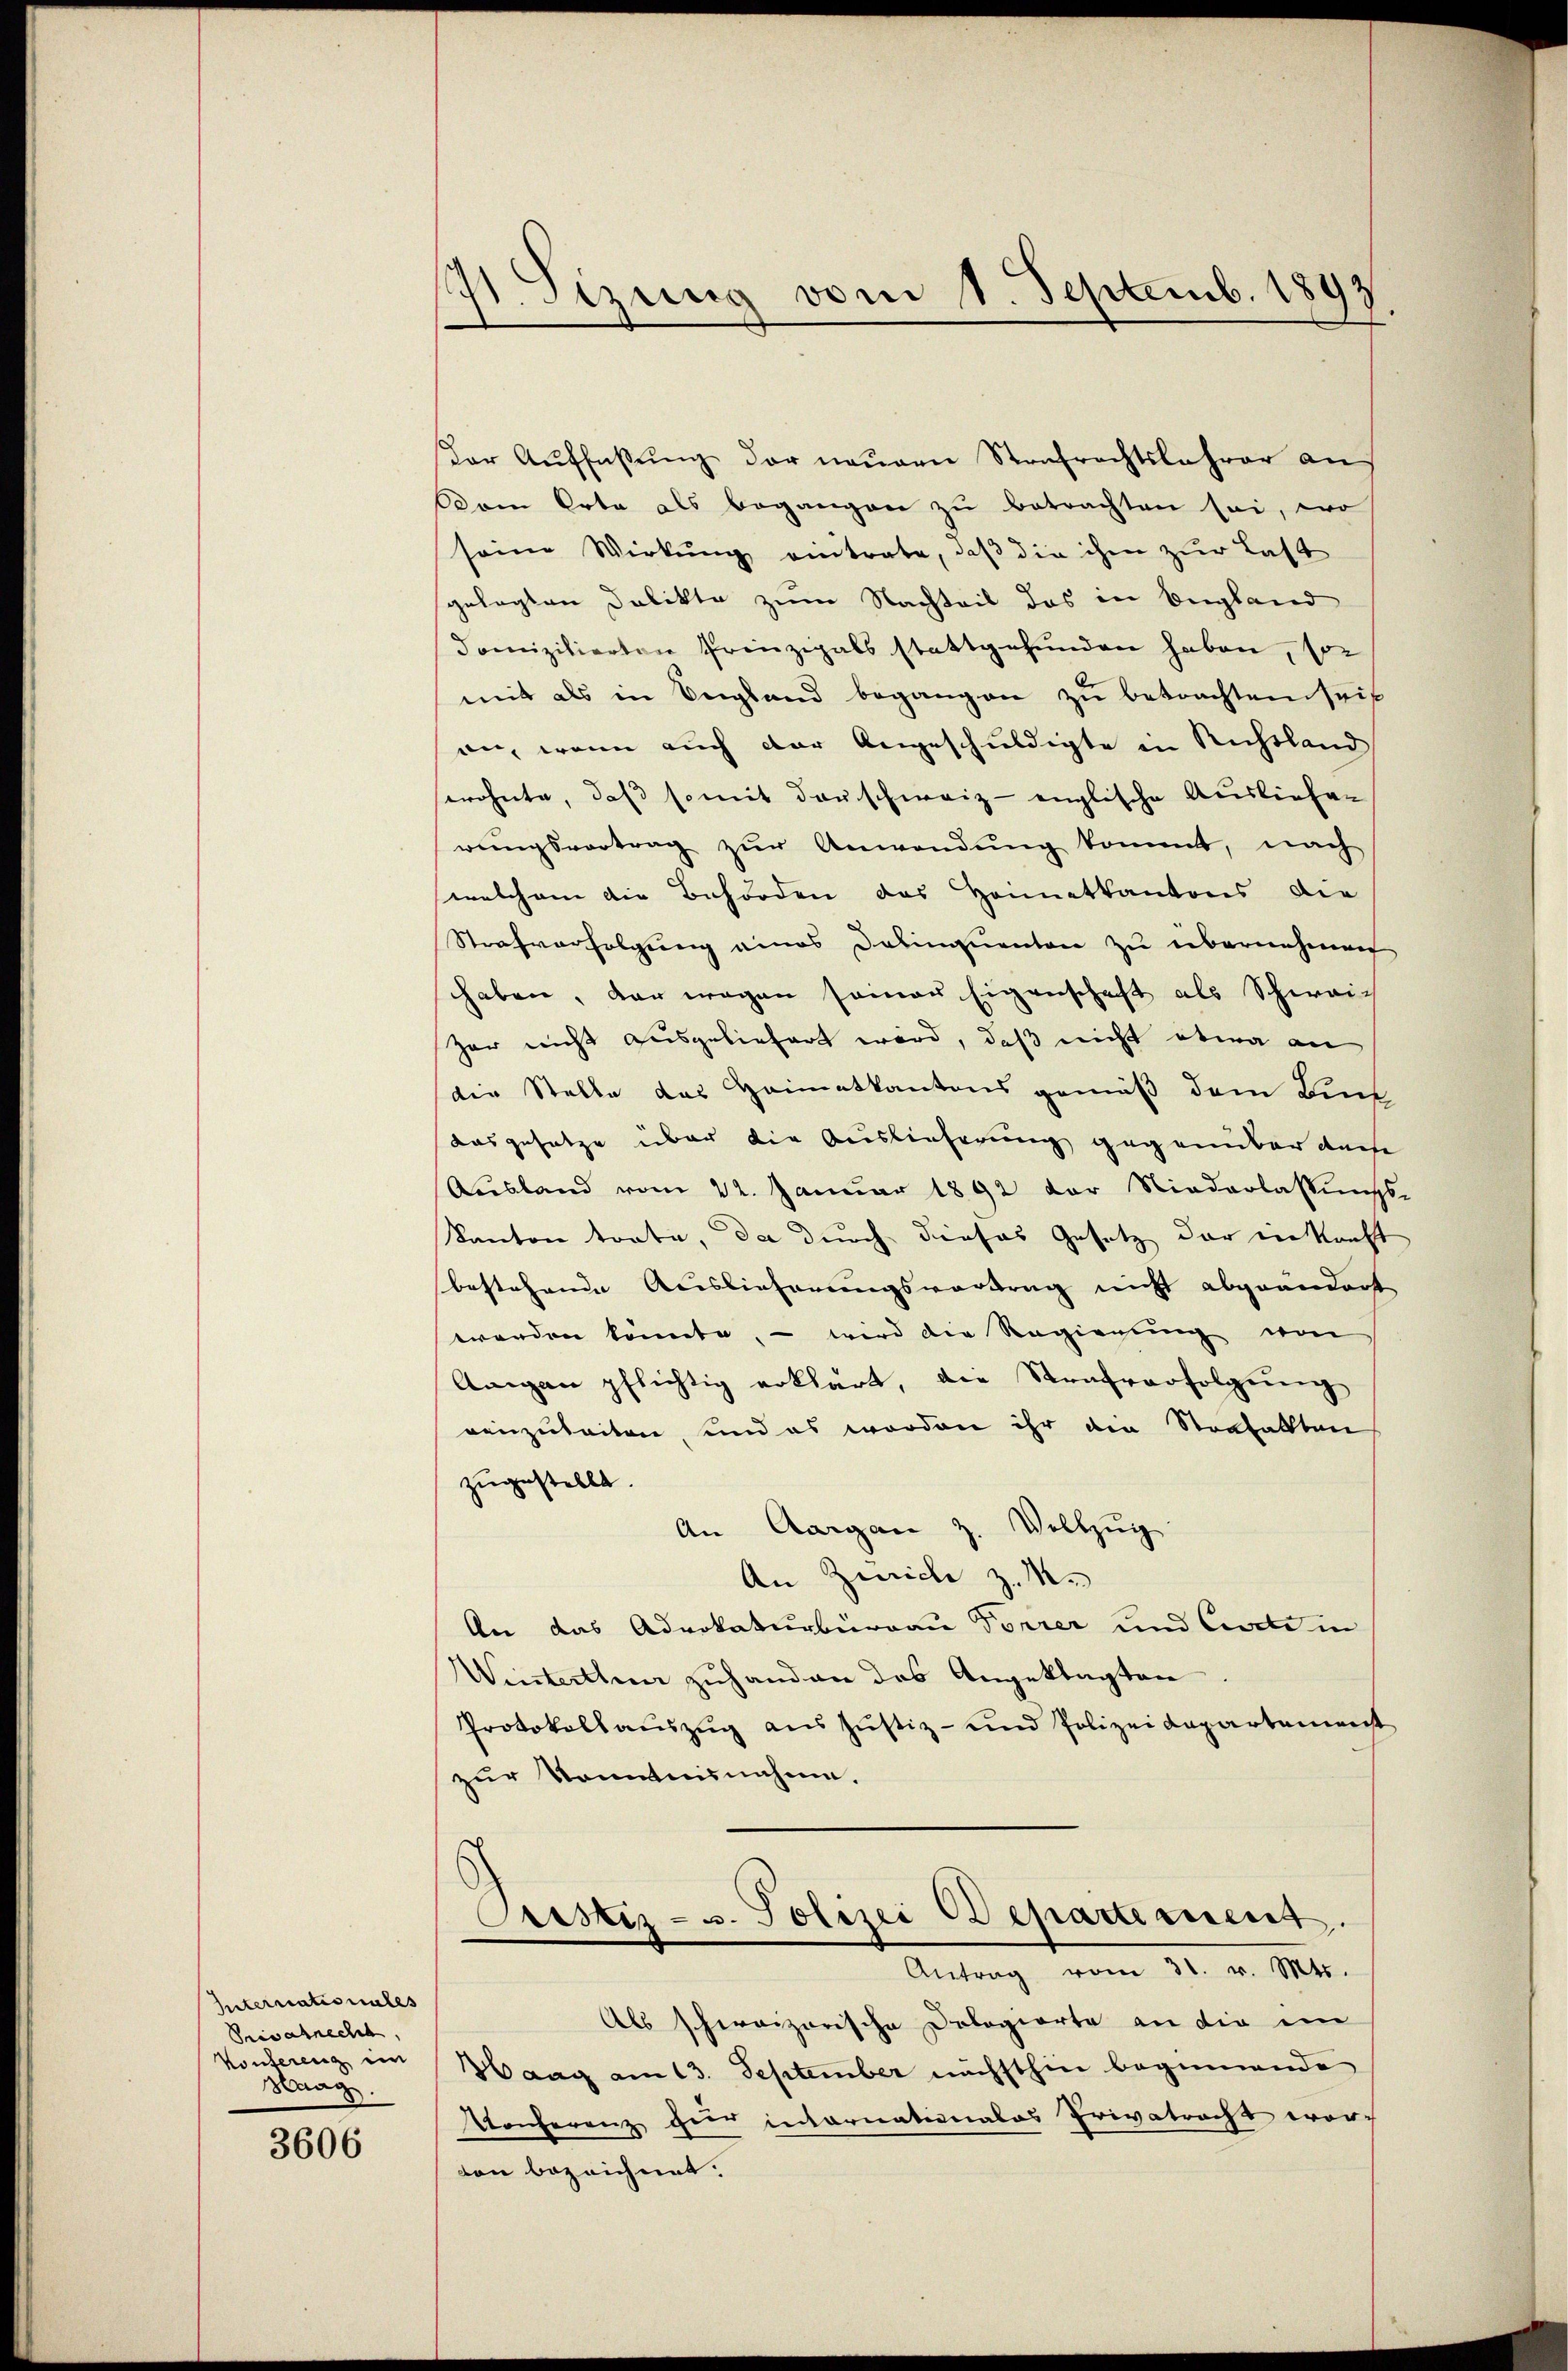
Internationales
Privatrecht.
Konferenz ein
Saag

3606

171. Sezung vom 1. Septemb. 1893

der Aŭffaβŭng der neuern Strafrechtslehrer aus
Dam Orte als begangen zu betrachten sei, wo
seine Wirkung eintrate, daß die ihm zur Last
gelegten Delikte zum Nachteil das in Begland
domizilierten Prinzipals stattgefunden haben, so
mit als in England begangen zŭ betrachten seit
an, wenn auch der Angeschuldigte in Richtland
ewohnte, daß somit darschweiz englische Ausliefen
wŭngsvertrag zŭr Anwendŭng kommt, nach
welchem die Behörden des Heimatkantons die
Strafverfolgung eines Delinquanton zu übernehmen
haben, der wegen seiner Eigenschaft als Schwei-
Zar nicht ausgeliefert wird, daß nicht etwa an
die Stelle des Heimatkantons gemäß dem Buch
ausgesetze über die Auslieferung gegenüber dache
Aŭsland vom 22. Januar 1892 der Niederlassŭngs-
Kanton trate, da durch dieses Gesetz der in kauft
bestehende Auslieferungsvortrag nicht abgeändert
werden könnte, – wird die Regierung von
Amgan pflichtig erklärt, die Strafverfolgŭng
reizuleiten, und es worden ihr die Strafallten
zugestellt.
An Aargau z. Vollzug
An Zürich z. M.
An das Advokaturbüreau Forrer und Curti in
Winterthen zuhanden das Angeklagten
Protokollauszug aus Justiz- und Polizeidepartement
zur Kenntnisnahme.
Justiz- u. Polizei Departerient
Antrag vom 31. v. Mts.
Als schweizerische Dologierte an die im
Haag am 13. September nächsthin beginnende
Konferenz hier internationales Privatrecht wor-
ton bezeichnet: